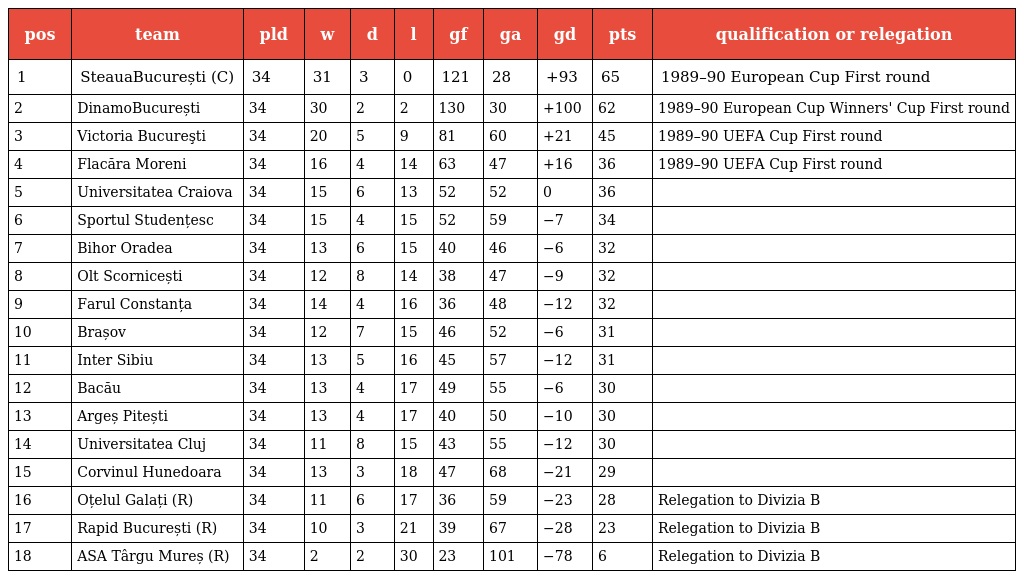
| pos | team | pld | w | d | l | gf | ga | gd | pts | qualification or relegation |
 | --- | --- | --- | --- | --- | --- | --- | --- | --- | --- | --- |
 | 1 | SteauaBucurești (C) | 34 | 31 | 3 | 0 | 121 | 28 | +93 | 65 | 1989–90 European Cup First round |
 | 2 | DinamoBucurești | 34 | 30 | 2 | 2 | 130 | 30 | +100 | 62 | 1989–90 European Cup Winners' Cup First round |
 | 3 | Victoria Bucureşti | 34 | 20 | 5 | 9 | 81 | 60 | +21 | 45 | 1989–90 UEFA Cup First round |
 | 4 | Flacăra Moreni | 34 | 16 | 4 | 14 | 63 | 47 | +16 | 36 | 1989–90 UEFA Cup First round |
 | 5 | Universitatea Craiova | 34 | 15 | 6 | 13 | 52 | 52 | 0 | 36 |  |
 | 6 | Sportul Studențesc | 34 | 15 | 4 | 15 | 52 | 59 | −7 | 34 |  |
 | 7 | Bihor Oradea | 34 | 13 | 6 | 15 | 40 | 46 | −6 | 32 |  |
 | 8 | Olt Scornicești | 34 | 12 | 8 | 14 | 38 | 47 | −9 | 32 |  |
 | 9 | Farul Constanța | 34 | 14 | 4 | 16 | 36 | 48 | −12 | 32 |  |
 | 10 | Brașov | 34 | 12 | 7 | 15 | 46 | 52 | −6 | 31 |  |
 | 11 | Inter Sibiu | 34 | 13 | 5 | 16 | 45 | 57 | −12 | 31 |  |
 | 12 | Bacău | 34 | 13 | 4 | 17 | 49 | 55 | −6 | 30 |  |
 | 13 | Argeș Pitești | 34 | 13 | 4 | 17 | 40 | 50 | −10 | 30 |  |
 | 14 | Universitatea Cluj | 34 | 11 | 8 | 15 | 43 | 55 | −12 | 30 |  |
 | 15 | Corvinul Hunedoara | 34 | 13 | 3 | 18 | 47 | 68 | −21 | 29 |  |
 | 16 | Oțelul Galați (R) | 34 | 11 | 6 | 17 | 36 | 59 | −23 | 28 | Relegation to Divizia B |
 | 17 | Rapid București (R) | 34 | 10 | 3 | 21 | 39 | 67 | −28 | 23 | Relegation to Divizia B |
 | 18 | ASA Târgu Mureș (R) | 34 | 2 | 2 | 30 | 23 | 101 | −78 | 6 | Relegation to Divizia B |